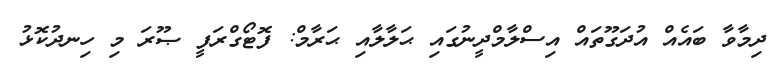
ދިމާވާ ބައެއް އުދަގޫތައް އިސްލާމްދީނުގައި ޙަލާލާއި ޙަރާމް: ފޮޓޯގްރަފީ ޞޫރަ މި ހިނދުކޮޅު